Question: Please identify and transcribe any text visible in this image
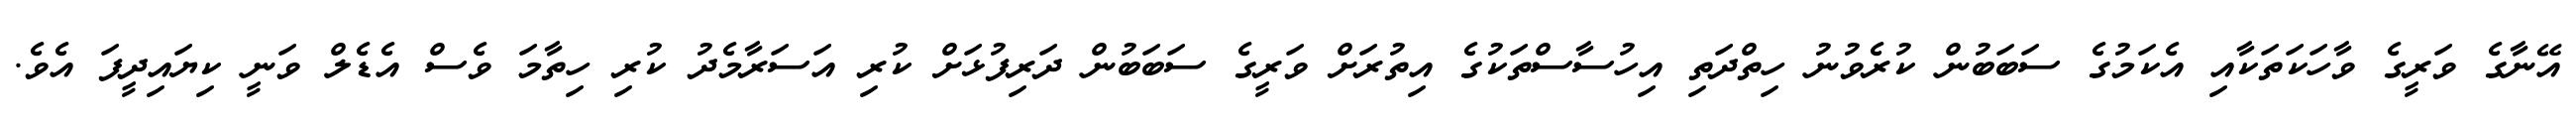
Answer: އޭނާގެ ވަރީގެ ވާހަކަތަކާއި އެކަމުގެ ސަބަބުން ކުރެވުނު ހިތްދަތި އިހުސާސްތަކުގެ އިތުރަށް ވަރީގެ ސަބަބުން ދަރިފުޅަށް ކުރި އަސަރާމެދު ކުރި ހިތާމަ ވެސް އެޑެލް ވަނީ ކިޔައިދީފަ އެވެ.